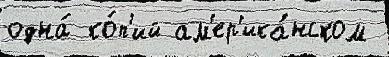
одна́ ко́п'ий ам'ер'ика́нском